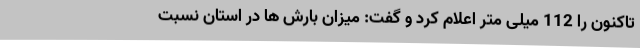
تاکنون را 112 میلی متر اعلام کرد و گفت: میزان بارش ها در استان نسبت